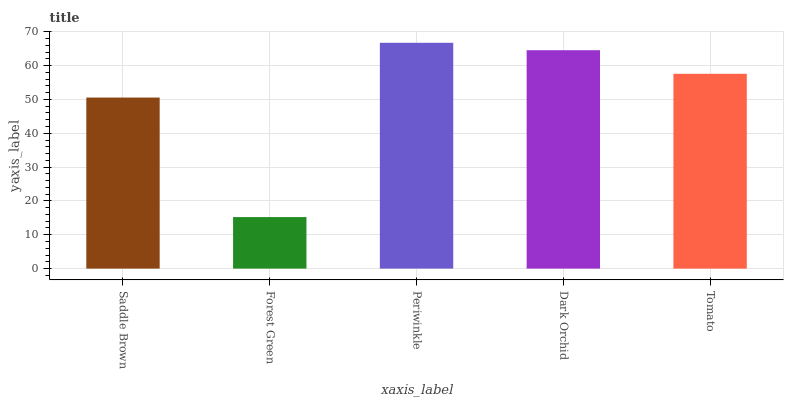
| xaxis_label | bars |
 | --- | --- |
 | Saddle Brown | 50.5 |
 | Forest Green | 15.2 |
 | Periwinkle | 66.7 |
 | Dark Orchid | 64.5 |
 | Tomato | 57.6 |